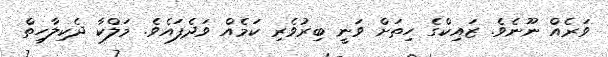
ވަރެއް ނޫނެވެ. ޒައިކްގެ ހިތަށް ވަނީ ބިރުވެރި ކަމެއް ވަދެފައެވެ. މަލްކާ ދެކިލާހިތް